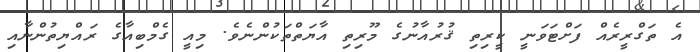
އެ ތަގްރީރެއް ފަށްޓަވަނީ ކީރިތި ޤުރުއާނުގެ މޫރިތި އާޔަތްތަކުންނެވެ. މިއީ ގެމްބިއާގެ ރައްޔިތުންނާއި